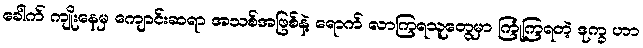
ခေါက် ကျိုးနေမှ ကျောင်းဆရာ အသစ်အဖြစ်နဲ့ ရောက် လာကြရသူတွေမှာ ကြုံကြရတဲ့ ဒုက္ခ ဟာ